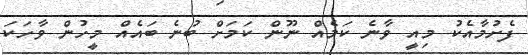
ފެށުމާއެކު މިއީ ވާނެ ކަމެއް ނޫން ކަމަށް ބުނެ ބައެއް މީހުން ވާހަކަ